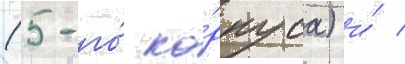
(5-го́ ко́рпуса) и́ /